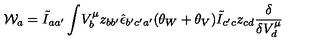
{ \cal W } _ { a } = \tilde { I } _ { a a ^ { \prime } } \int \! V _ { b } ^ { \mu } z _ { b b ^ { \prime } } \hat { \epsilon } _ { b ^ { \prime } c ^ { \prime } a ^ { \prime } } ( \theta _ { W } + \theta _ { V } ) \tilde { I } _ { c ^ { \prime } c } z _ { c d } \frac { \delta } { \delta V _ { d } ^ { \mu } }